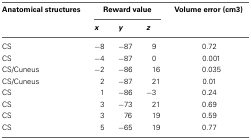
<table><thead><tr><td><b>Anatomical structures</b></td><td colspan="3"><b>Reward value</b></td><td><b>Volume error (cm3)</b></td></tr><tr><td></td><td><b><i>x</i></b></td><td><b><i>y</i></b></td><td><b><i>z</i></b></td><td></td></tr></thead><tbody><tr><td>CS</td><td>−8</td><td>−87</td><td>9</td><td>0.72</td></tr><tr><td>CS</td><td>−4</td><td>−87</td><td>0</td><td>0.001</td></tr><tr><td>CS/Cuneus</td><td>−2</td><td>−86</td><td>16</td><td>0.035</td></tr><tr><td>CS/Cuneus</td><td>2</td><td>−87</td><td>21</td><td>0.01</td></tr><tr><td>CS</td><td>1</td><td>−86</td><td>−3</td><td>0.24</td></tr><tr><td>CS</td><td>3</td><td>−73</td><td>21</td><td>0.69</td></tr><tr><td>CS</td><td>3</td><td>76</td><td>19</td><td>0.59</td></tr><tr><td>CS</td><td>5</td><td>−65</td><td>19</td><td>0.77</td></tr></tbody></table>